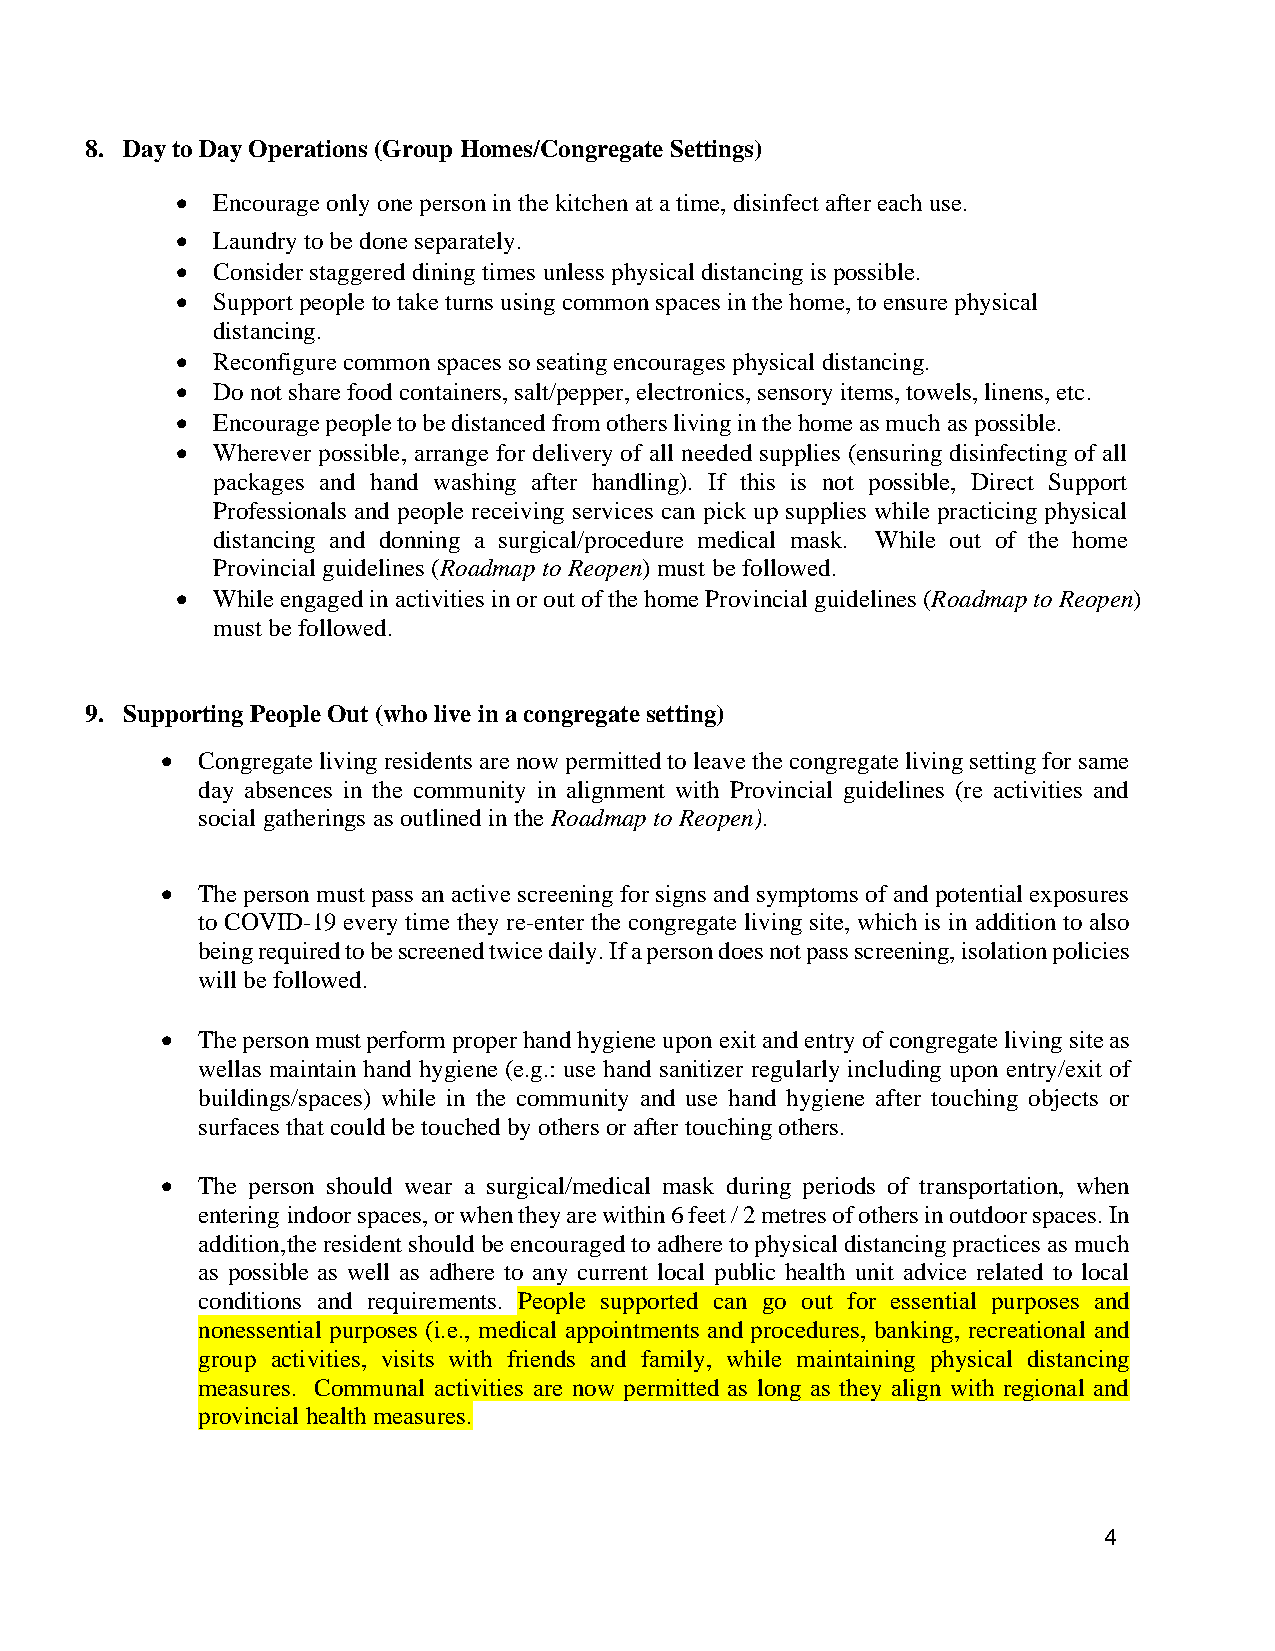
8. Day to Day Operations (Group Homes/Congregate Settings)
 • Encourage only one person in the kitchen at a time, disinfect after each use.
 • Laundry to be done separately.
 • Consider staggered dining times unless physical distancing is possible.
 • Support people to take turns using common spaces in the home, to ensure physical
 distancing.
 • Reconfigure common spaces so seating encourages physical distancing.
 • Do not share food containers, salt/pepper, electronics, sensory items, towels, linens, etc.
 • Encourage people to be distanced from others living in the home as much as possible.
 • Wherever possible, arrange for delivery of all needed supplies (ensuring disinfecting of all
 packages and hand washing after handling). If this is not possible, Direct Support
 Professionals and people receiving services can pick up supplies while practicing physical
 distancing and donning a surgical/procedure medical mask. While out of the home
 Provincial guidelines (Roadmap to Reopen) must be followed.
 • While engaged in activities in or out of the home Provincial guidelines (Roadmap to Reopen)
 must be followed.
 9. Supporting People Out (who live in a congregate setting)
 • Congregate living residents are now permitted to leave the congregate living setting for same
 day absences in the community in alignment with Provincial guidelines (re activities and
 social gatherings as outlined in the Roadmap to Reopen).
 • The person must pass an active screening for signs and symptoms of and potential exposures
 to COVID-19 every time they re-enter the congregate living site, which is in addition to also
 being required to be screened twice daily. If a person does not pass screening, isolation policies
 will be followed.
 • The person must perform proper hand hygiene upon exit and entry of congregate living site as
 well as maintain hand hygiene (e.g.: use hand sanitizer regularly including upon entry/exit of
 buildings/spaces) while in the community and use hand hygiene after touching objects or
 surfaces that could be touched by others or after touching others.
 • The person should wear a surgical/medical mask during periods of transportation, when
 entering indoor spaces, or when they are within 6 feet / 2 metres of others in outdoor spaces. In
 addition, the resident should be encouraged to adhere to physical distancing practices as much
 as possible as well as adhere to any current local public health unit advice related to local
 conditions and requirements. People supported can go out for essential purposes and
 nonessential purposes (i.e., medical appointments and procedures, banking, recreational and
 group activities, visits with friends and family, while maintaining physical distancing
 measures. Communal activities are now permitted as long as they align with regional and
 provincial health measures.
 4